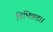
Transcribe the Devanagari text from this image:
विभिन्नता।